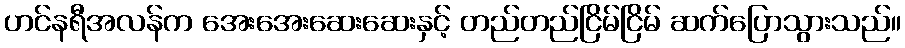
ဟင်နရီအလန်က အေးအေးဆေးဆေးနှင့် တည်တည်ငြိမ်ငြိမ် ဆက်ပြောသွားသည်။